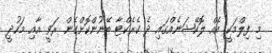
މި ފިލްމަކީ އެއް ލޮކޭޝަނެއްގައި ދެ ކެރެކްޓާ ބޭނުންކޮށްގެން ރަވީ އާއި މަހުދީ